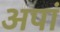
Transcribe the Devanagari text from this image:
अपां